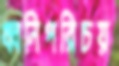
ধ্বনিপরিচয়